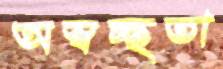
অস্বচ্ছতা